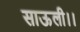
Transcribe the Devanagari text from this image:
साऊली।।